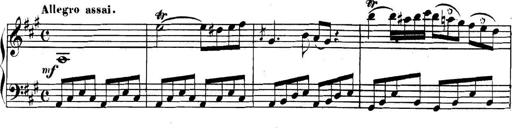
Title: Collected Piano Sonatas
Composer: Muzio Clementi